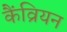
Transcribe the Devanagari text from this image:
कैंव्रियन